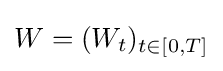
W=(W_{t})_{t\in [0,T]}